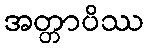
အတ္တာပိဿ